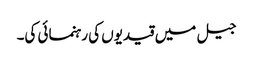
جیل میں قیدیوں کی رہنمائی کی۔